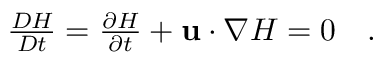
\begin{array} { r } { \frac { D H } { D t } = \frac { \partial H } { \partial t } + \mathbf { u } \cdot \nabla H = 0 \quad . } \end{array}